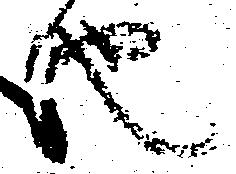
也